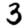
Digit: 3